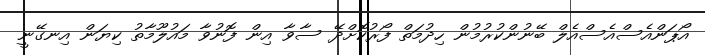
އޯޕަންއެސްއެސްއެލް ބޭނުންކުރުމުން ހިދުމަތް ފޯރުކޮށްދޭ ސާވާ އިން ފޮނުވާ މައުލޫމާތު ކިޔަން އިނގޭނީ